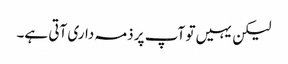
لیکن یہیں تو آپ پر ذمہ داری آتی ہے۔